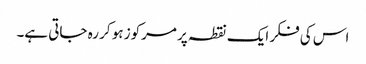
اس کی فکر ایک نقطہ پر مرکوز ہو کر رہ جاتی ہے۔